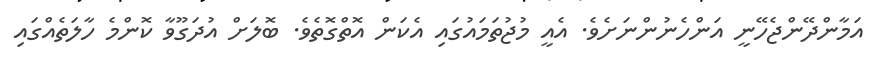
އަމާންދޭންޖެހޭނީ އަންހެނުންނަށެވެ. އެއީ މުޖުތަމައުގައި އެކަން އޮތްގޮތެވެ. ބޮލަށް އުދަގޫވާ ކޮންމެ ހާލަތެއްގައި